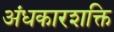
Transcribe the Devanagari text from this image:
अंधकारशक्ति